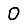
Digit: 0